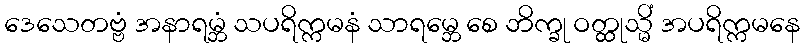
ဒေသေတဗ္ဗံ အနာရမ္ဘံ သပရိက္ကမနံ သာရမ္ဘေ စေ ဘိက္ခု ဝတ္ထုသ္မိံ အပရိက္ကမနေ